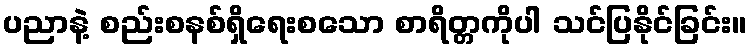
ပညာနဲ့ စည်းစနစ်ရှိရေးစသော စာရိတ္တကိုပါ သင်ပြနိုင်ခြင်း။